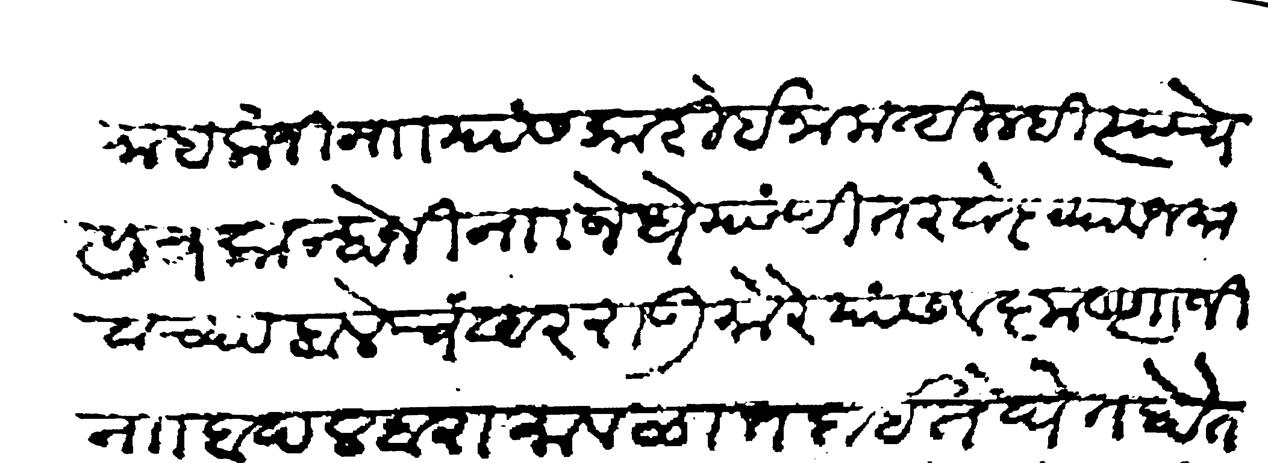
Transliteration (Devanagari): नाईकजी नाा यांस कारी ईनाम दिल्ही त्याचे पुत्र कान्होजी नाा जेधे यांणी तरवारेच्या व जमावाच्या बले चंदरराऊ मोरे यांस व कृष्णाजी नाा बादल बारा मावळात दाईते घेत होते